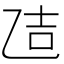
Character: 𪜒